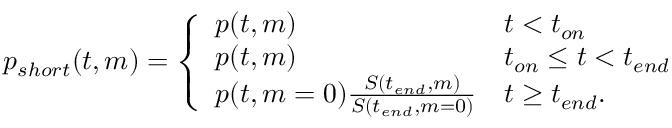
\begin{array} { r } { p _ { s h o r t } ( t , m ) = \left\{ \begin{array} { l l } { p ( t , m ) } & { t < t _ { o n } } \\ { p ( t , m ) } & { t _ { o n } \leq t < t _ { e n d } } \\ { p ( t , m = 0 ) \frac { S ( t _ { e n d } , m ) } { S ( t _ { e n d } , m = 0 ) } } & { t \geq t _ { e n d } . } \end{array} \right. } \end{array}